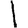
Digit: 1